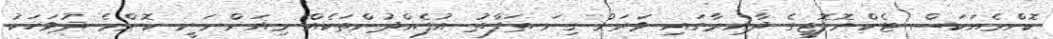
ކޮންމެއަކަސް ޓެކްނޮލޮޖީގެ ދާއިރާގައި ވަރަށް ގިނަ ތަފާތު އުފެއްދުންތަކެއް މިއަންނަނީ ކޮންމެ ދުވަހަކު